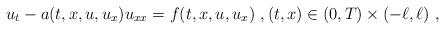
LaTeX: \begin{align*}u_t-a(t,x,u,u_x)u_{xx}=f(t,x,u,u_x)\ ,(t,x)\in (0,T)\times (-\ell,\ell)\ ,\end{align*}